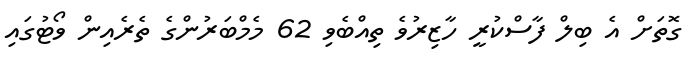
ގޮތަށް އެ ބިލް ފާސްކުރީ ހާޒިރުވެ ތިއްބެވި 62 މެމްބަރުންގެ ތެރެއިން ވޯޓުގައި